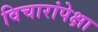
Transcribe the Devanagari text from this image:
विचारांपेक्षा